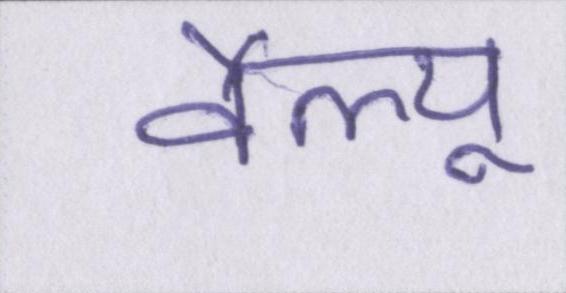
वैल्यू